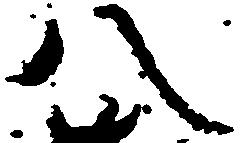
八